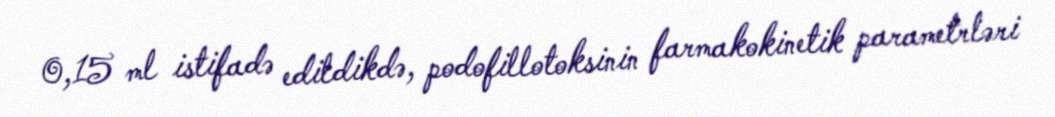
0,15 ml istifadə edildikdə, podofillotoksinin farmakokinetik parametrləri